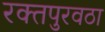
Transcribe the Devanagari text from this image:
रक्‍तपुरवठा